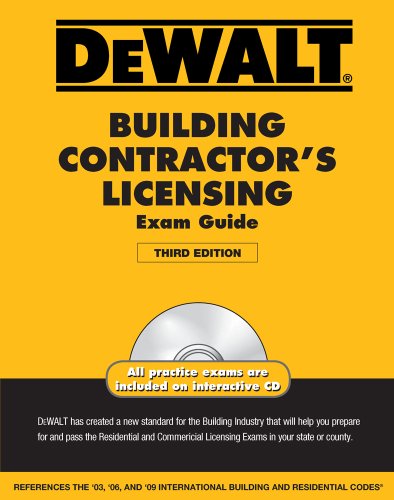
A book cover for DEWALT Building Contractor's Licensing Exam Guide (DEWALT Series); American Contractors Exam Services; Test Preparation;